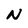
Character: N